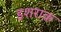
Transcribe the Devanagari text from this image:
इशराक़